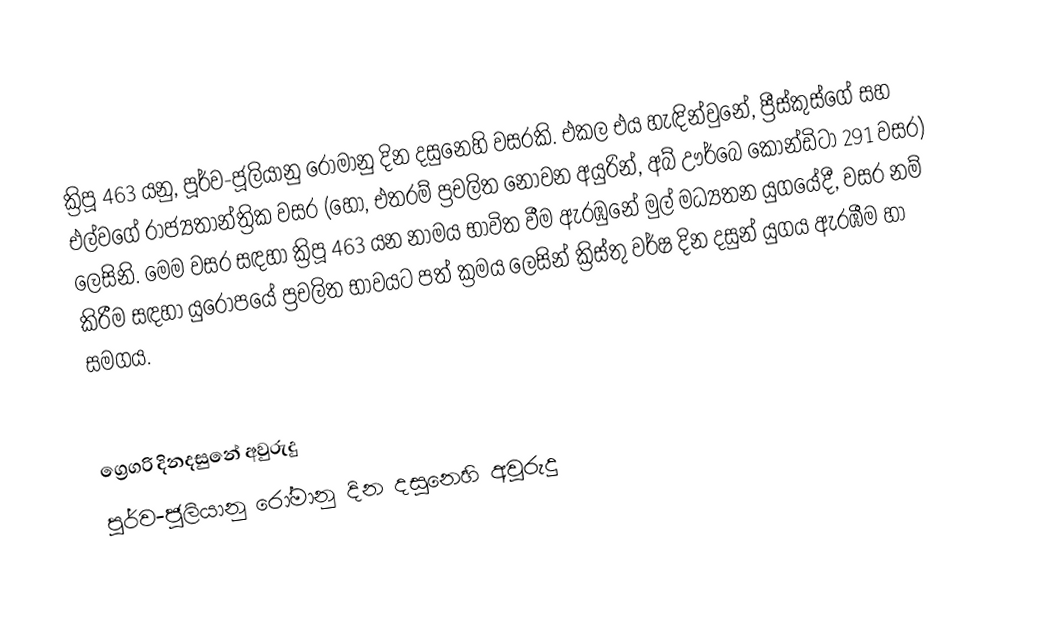

ක්‍රිපූ 463 යනු, පූර්ව-ජූලියානු රෝමානු දින දසුනෙහි වසරකි. එකල එය හැඳින්වුනේ, ප්‍රීස්කුස්ගේ  සහ එල්වගේ රාජ්‍යතාන්ත්‍රික වසර (හෝ, එතරම් ප්‍රචලිත නොවන අයුරින්, අබ් ඌර්බෙ කෝන්ඩිටා 291 වසර) ලෙසිනි. මෙම වසර සඳහා ක්‍රිපූ 463 යන නාමය භාවිත වීම ඇරඹුනේ මුල්  මධ්‍යතන යුගයේදී, වසර නම් කිරීම සඳහා යුරෝපයේ ප්‍රචලිත භාවයට පත් ක්‍රමය ලෙසින් ක්‍රිස්තු වර්ෂ දින දසුන් යුගය ඇරඹීම හා සමගය.

ග්‍රෙගරි දිනදසුනේ අවුරුදු
පූර්ව-ජූලියානු රෝමානු දින දසුනෙහි අවුරුදු